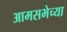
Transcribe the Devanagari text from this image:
आमसभेच्या